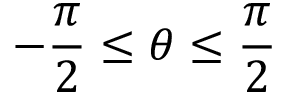
- { \frac { \pi } { 2 } } \leq \theta \leq { \frac { \pi } { 2 } }